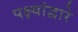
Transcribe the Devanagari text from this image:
पक्ष्यांद्वारे